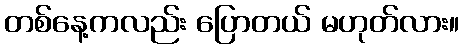
တစ်နေ့ကလည်း ပြောတယ် မဟုတ်လား။